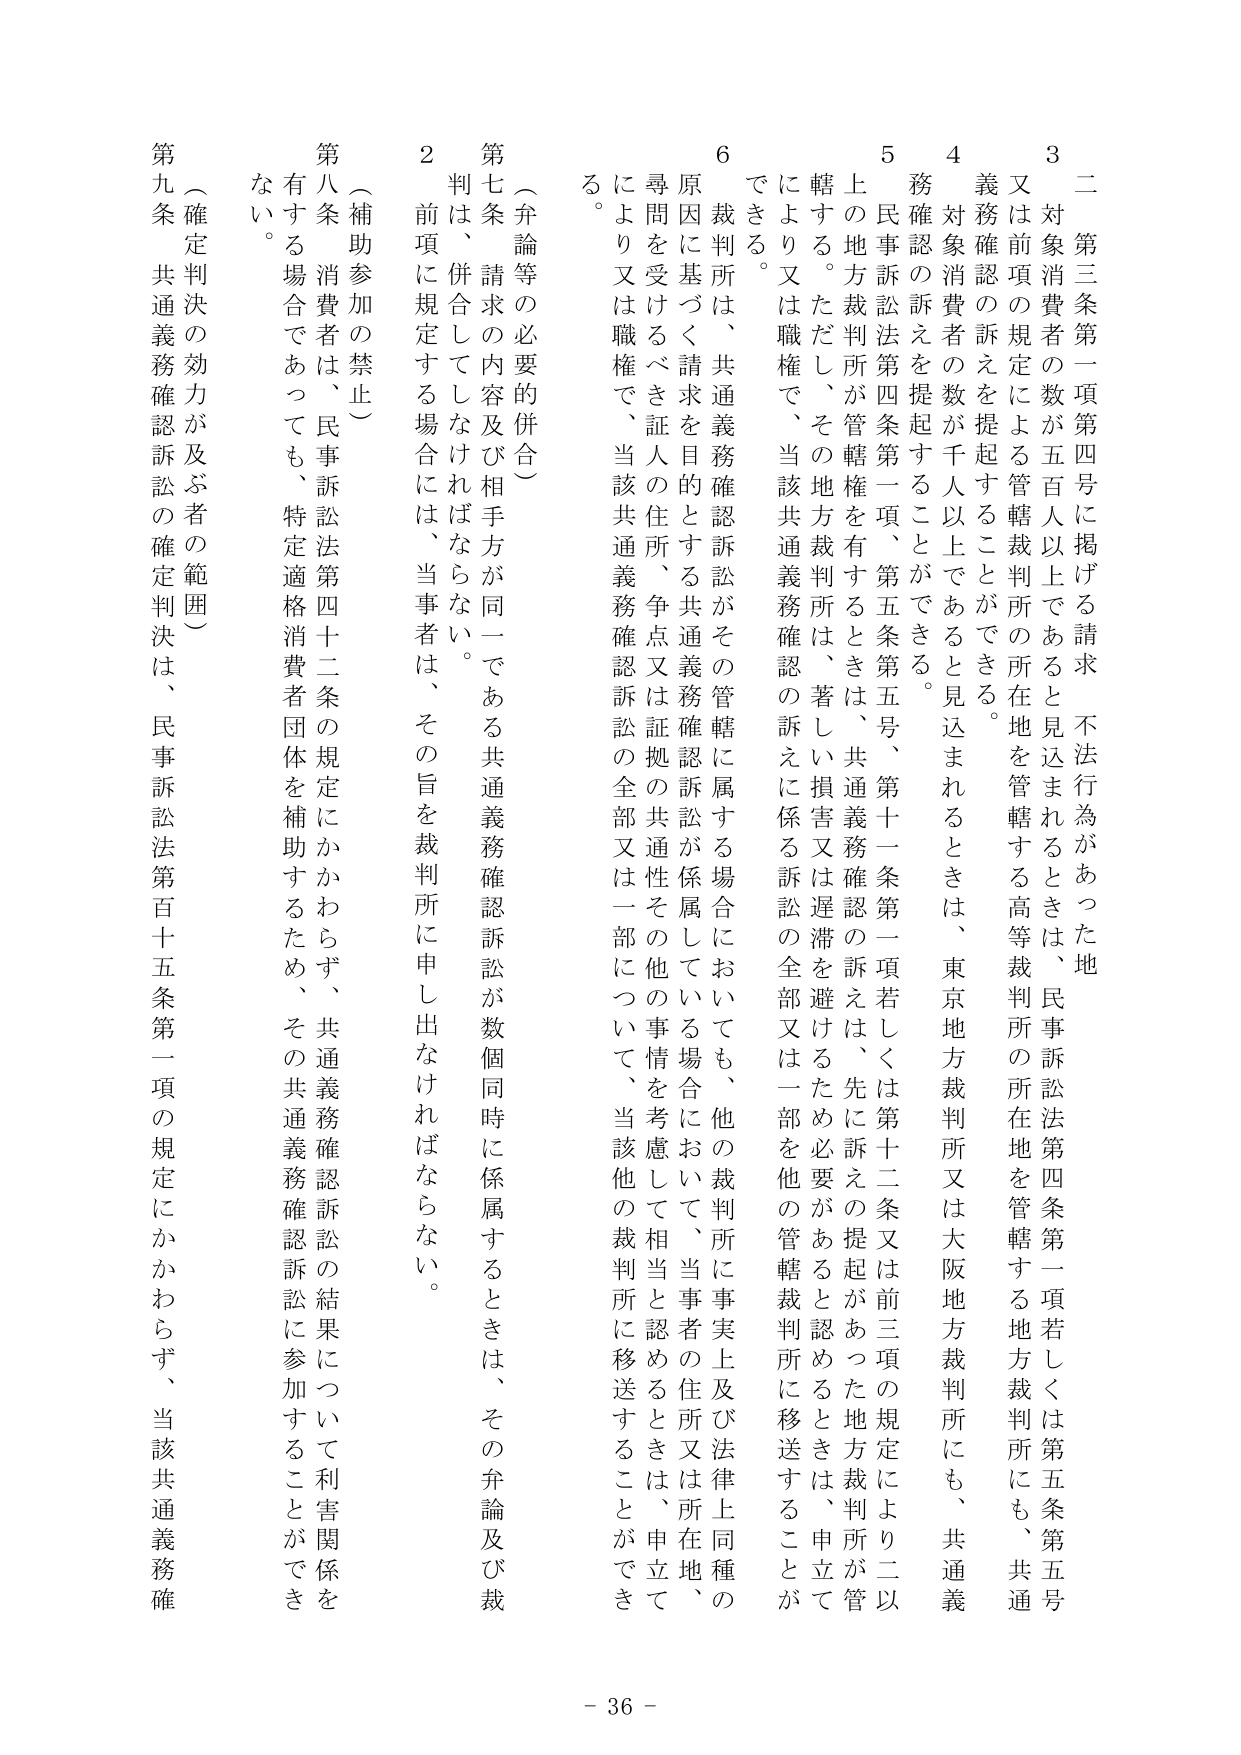
二　第三条第一項第四号に掲げる請求　不法行為があった地
又は前項の規定による管轄裁判所の所在地を管轄する高等裁判所の所在地を管轄する地方裁判所にも、共通
義務確認の訴えを提起することができる。
４　対象消費者の数が千人以上であると見込まれるときは、東京地方裁判所又は大阪地方裁判所にも、共通義
務確認の訴えを提起することができる。
５　民事訴訟法第四条第一項、第五条第五号、第十一條第一項若しくは第十二条又は前三項の規定により二以
上の地方裁判所が管轄権を有するときは、共通義務確認の訴えは、先に訴えの提起があった地方裁判所が管
轄する。ただし、その地方裁判所は、著しい損害又は遅滞を避けるため必要があると認めるときは、申立て
により又は職権で、当該共通義務確認の訴えに係る訴訟の全部又は一部を他の管轄裁判所に移送することが
できる。
６　裁判所は、共通義務確認訴訟がその管轄に属する場合においても、他の裁判所に事実上及び法律上同種の
原因に基づく請求を目的とする共通義務確認訴訟が係属している場合において、当事者の住所又は所在地、
尋問を受けるべき証人の住所、争点又は証拠の共通性その他の事情を考慮して相当と認めるときは、申立て
により又は職権で、当該共通義務確認訴訟の全部又は一部について、当該他の裁判所に移送することができ
る。
（弁論等の必要的併合）
第七条　請求の内容及び相手方が同一である共通義務確認訴訟が数個同時に係属するときは、その弁論及び裁
判は、併合してしなければならない。
２　前項に規定する場合には、当事者は、その旨を裁判所に申し出なければならない。
（補助参加の禁止）
第八条　消費者は、民事訴訟法第四十二条の規定にかかわらず、共通義務確認訴訟の結果について利害関係を
有する場合であっても、特定適格消費者団体を補助するため、その共通義務確認訴訟に参加することができ
ない。
（確定判決の効力が及ぶ者の範囲）
第九条　共通義務確認訴訟の確定判決は、民事訴訟法第百十五条第一項の規定にかかわらず、当該共通義務確
- 36 -